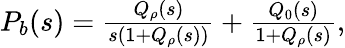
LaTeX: \begin{array}{r}{{P}_{b}(s)=\frac{Q_{\rho}(s)}{s(1+Q_{\rho}(s))}+\frac{Q_{0}(s)}{1+Q_{\rho}(s)},}\end{array}